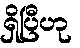
ရှိပြီဟု